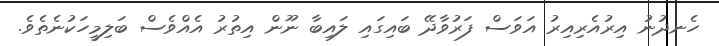
ހެނދުނު އިރުއެރިއިރު އަވަސް ފަރުވާދޭ ބައިގައި ލައިބާ ނޫން އިތުރު އެއްވެސް ބަލިމީހަކުނެތެވެ.